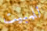
للمبيت